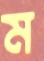
ম